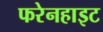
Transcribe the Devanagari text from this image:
फरेनहाइट